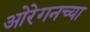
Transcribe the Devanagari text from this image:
ओरेगनच्या